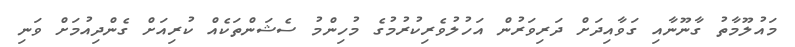
މައުލޫމާތު ގާނޫނާއި ގަވާއިދަށް ދަރިވަރުން އަހުލުވެރިކުރުމުގެ މުހިންމު ސެޝަންތަކެއް ކުރިއަށް ގެންދިއުމަށް ވަނި